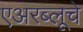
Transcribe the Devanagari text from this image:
एअरब्लूचे